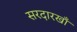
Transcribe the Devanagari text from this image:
सरदारखाँ